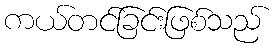
ကယ်တင်ခြင်းဖြစ်သည်